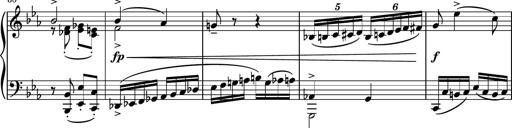
Title: Piano Sonatina No.5
Composer: Dimitri Sykias
Key: C minor